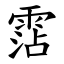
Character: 霑